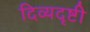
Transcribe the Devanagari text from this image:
दिव्यदृष्टी